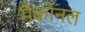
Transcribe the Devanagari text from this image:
मैकोनल